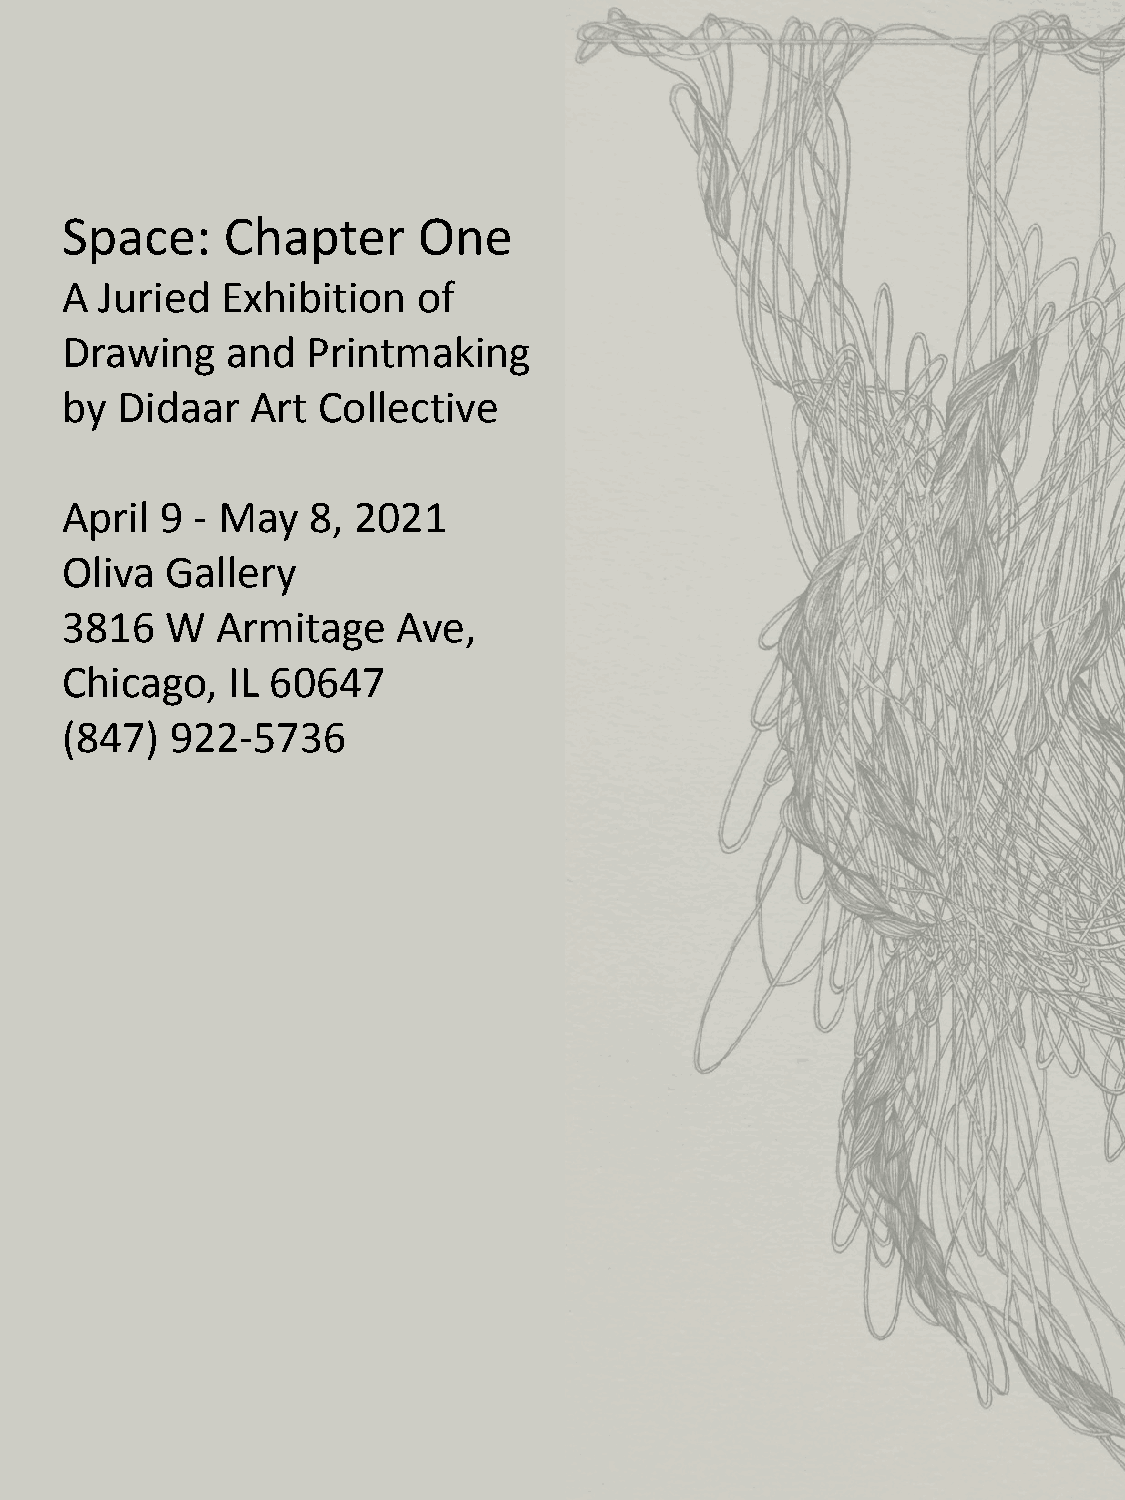
Space:     Chapter      One
 A  Juried  Exhibition   of
 Drawing    and  Printmaking
 by  Didaar   Art Collective
 April  9 - May  8, 2021
 Oliva  Gallery
 3816   W  Armitage    Ave,
 Chicago,   IL 60647
 (847)  922-5736